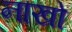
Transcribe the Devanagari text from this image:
नाखो